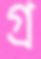
গ্র